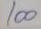
100